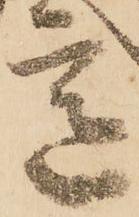
意